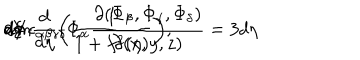
d V \epsilon _ { \alpha \beta \gamma \delta } \Phi _ { \alpha } \frac { \partial { ( \Phi _ { \beta } , \Phi _ { \gamma } , \Phi _ { \delta } ) } } { \partial ( x , y , z ) } = 3 d \eta \hspace { 0 . 5 m m } d \xi \hspace { 0 . 5 m m } d \phi \hspace { 0 . 5 m m } m n \frac { d } { d \eta } \biggl ( \frac { 1 } { 1 + f ^ { 2 } ( \eta ) } \biggr ) ,